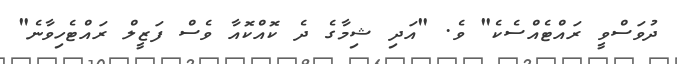
ދުވަސްވީ ރައްޓެއްސެކެ" ވެ. "އަދި ޝިމާގެ ދެ ކޮއްކޮއާ ވެސް ފަޒީލް ރައްޓެހިވާނެ"